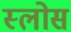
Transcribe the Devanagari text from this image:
स्लोस